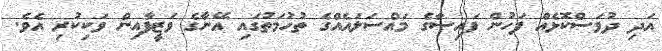
އަދި ދުވަސްކޮޅެއް ފަހުން ފައިސާގެ މައްސަލައެއްގެ ތުހުމަތުގައި އޭނާގެ ވަޒީފާއިން ވަކިކުރި އެވެ.